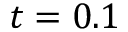
t = 0 . 1